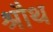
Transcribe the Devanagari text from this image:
श्रौथ